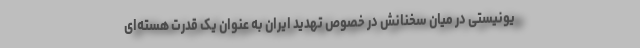
یونیستی در میان سخنانش در خصوص تهدید ایران به عنوان یک قدرت هسته‌ای